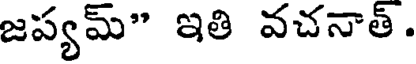
జప్యమ్" ఇతి వచనాత్.